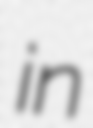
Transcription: in